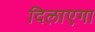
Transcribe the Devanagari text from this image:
दिलाएगा